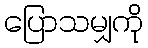
ပြောသမျှကို